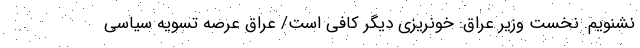
نشنویم. نخست وزیر عراق: خونریزی دیگر کافی است/ عراق عرصه تسویه سیاسی